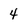
Character: 4